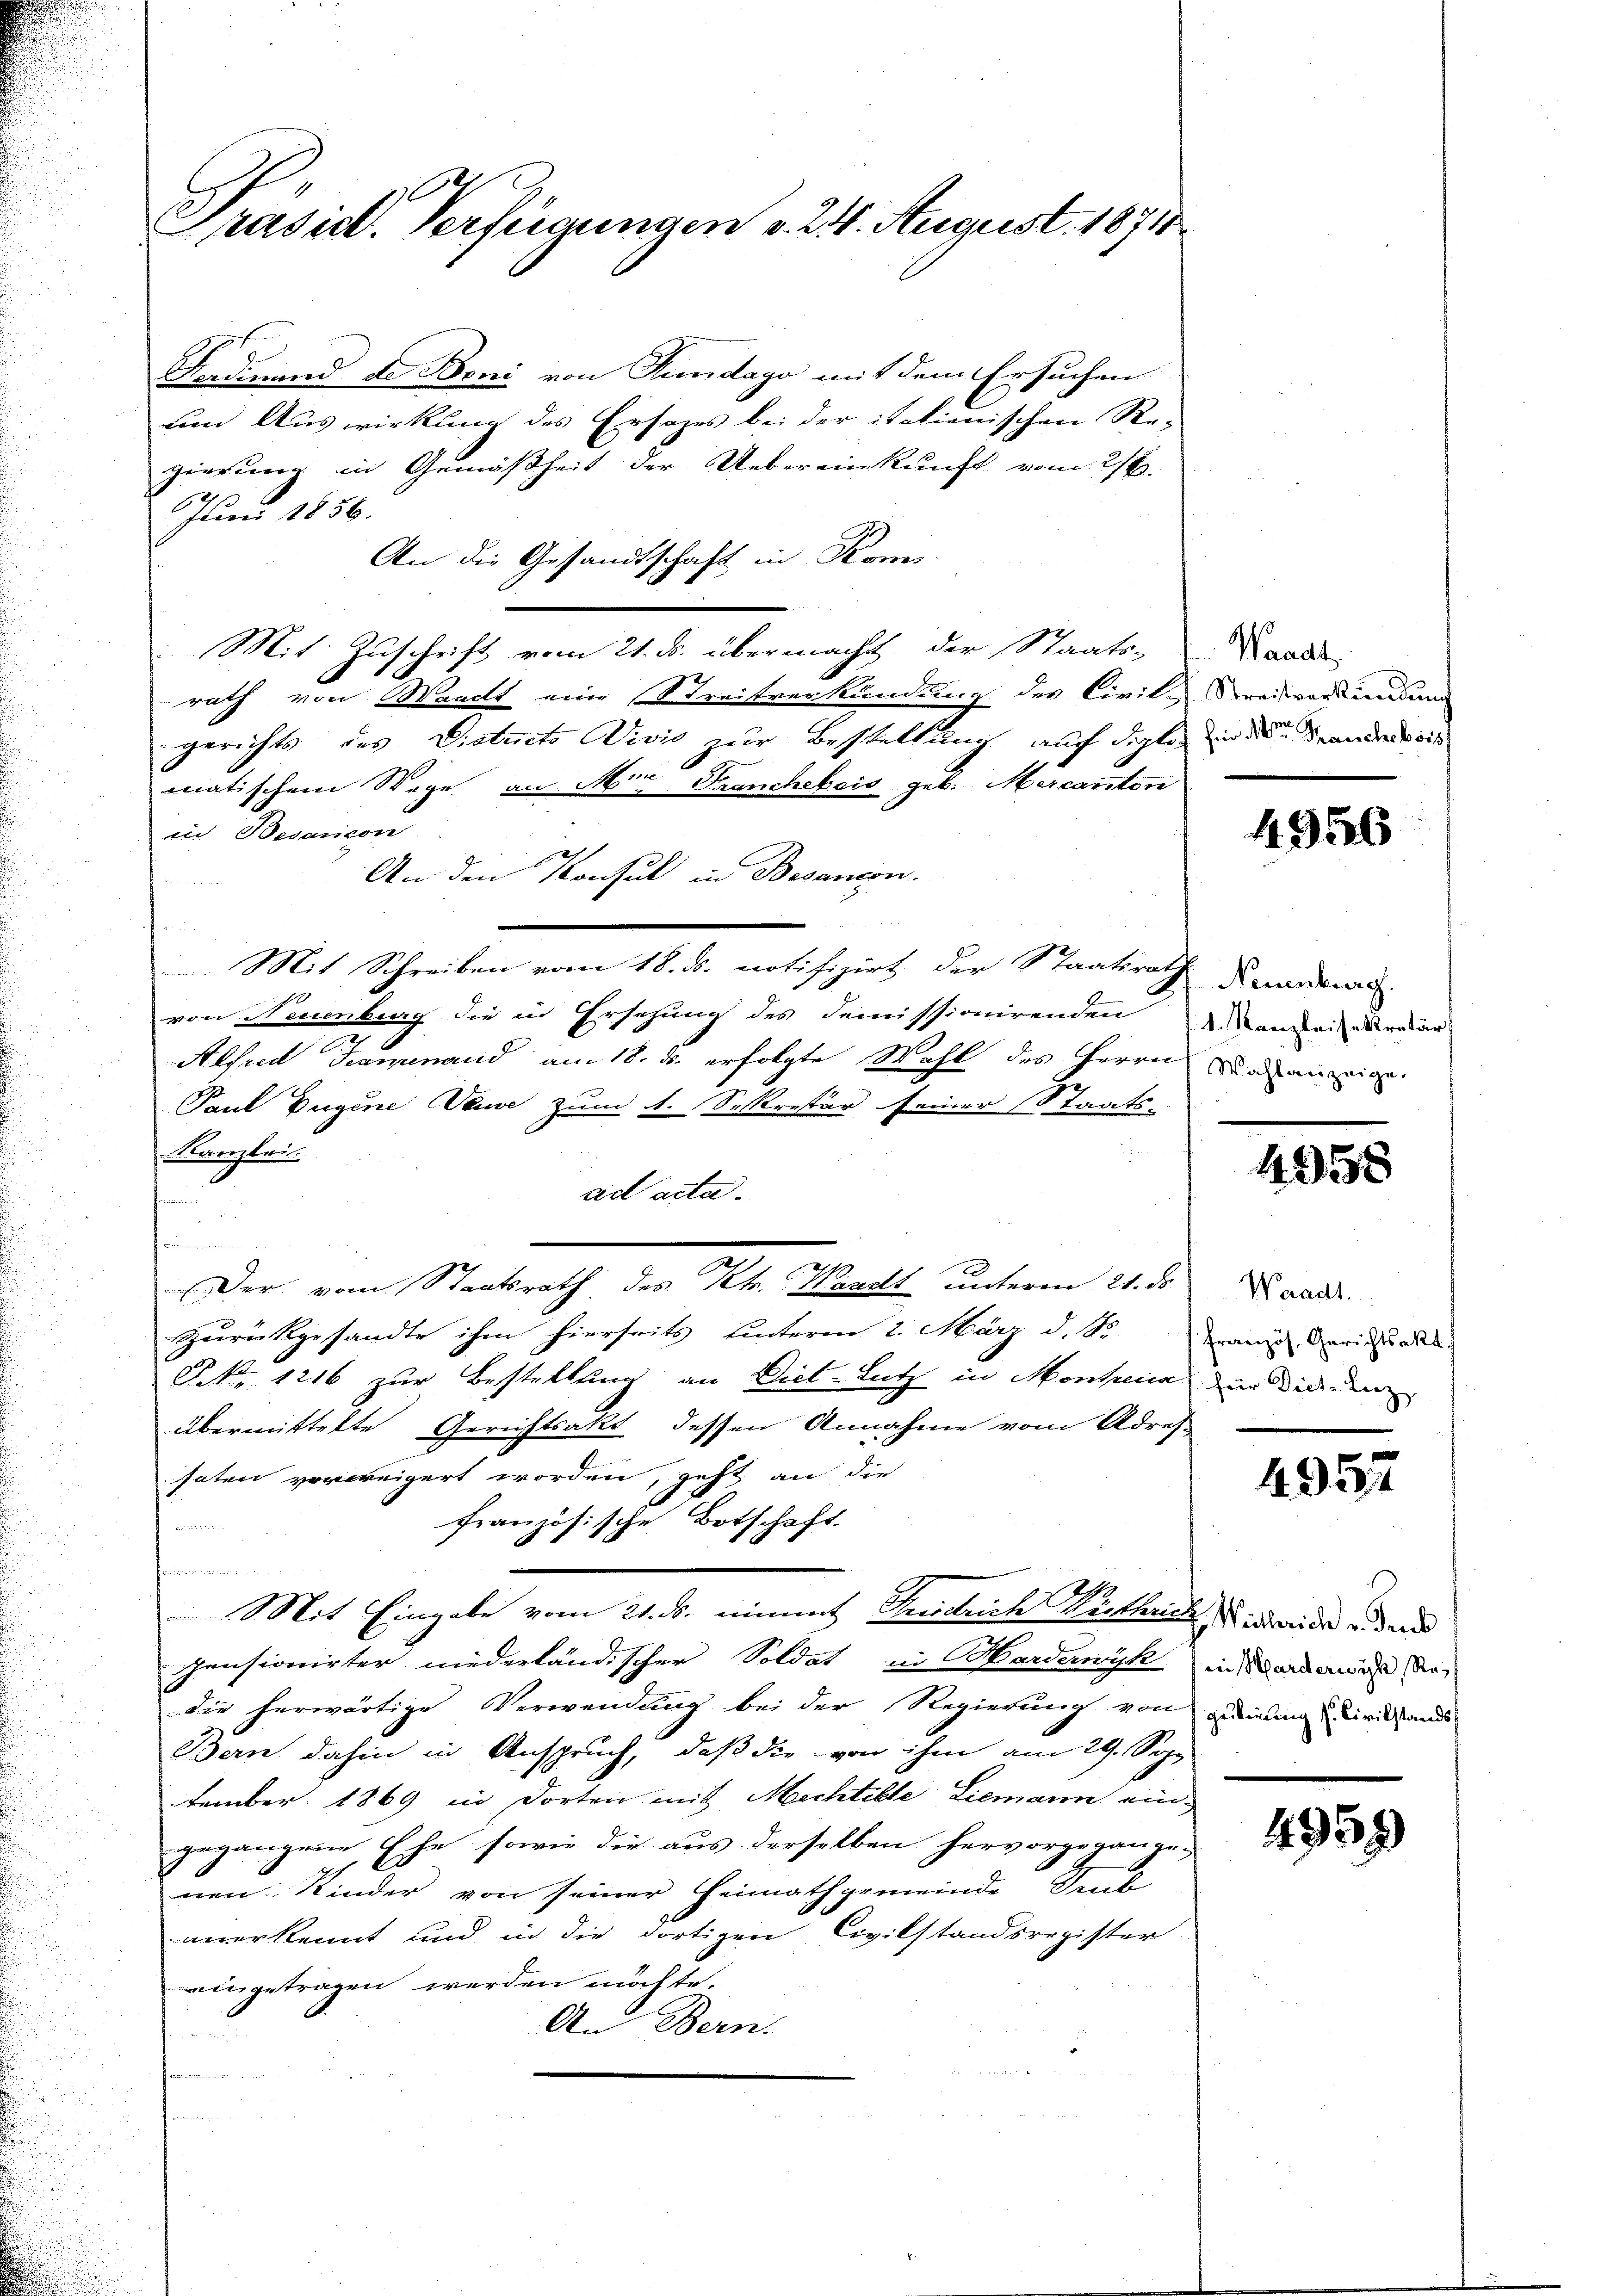
7
Präsid. Verfügungen v. 24. August 1874

Fradirend de Beni von Fundago mit dem Ersuchen
um Auswirkung des Ersatzes bei der italienischen Re-
gierung in Gemäßheit der Uebereinkunft vom 21.
Juni 1856.
An die Gestandtschaft in Kom
Mit Zuschrift vom 21. ds. übermacht, der Staats-Kande
rath von Waadt eine Streitverkündung des Civil-Streisversinnung
gerichts des Diatuito Divis zur Bestaltung auch diplo in der andende is
.
matischem Wege an Mir Franchebers geb. Mercanton
in Besancon
An den Konsul in Besandon.
 x x
Mit Schreiben vom 18. ds. notifizirt der Staatsrath Brandere
von Neuenburg die in Ersetzung des demissionirenden anweisekretär
2
Alfred Traminand am 18. ds. erfolgte Wahl des Herrn Dranging
Paul Eugene Sause zum 1. Sekretär seiner Staats-
Kanzlei.
ad acta.
u
Der vom Staatsrath des Kt. Waadt unterm 21. ds Landr.
Zurückgesandte ihm hierseits hinterm 2. März d. Sr. Manig Gerichtete.
NNo. 1216 zur Bestellung an Diet-Lutz in Monta der Dir den
übermittelte Gerichtsakt dessen Annahme vom Adres
haten vorweigert worden, geht an die
französische Botschaft.
hemen
Mit Eingabe vom 21. d. nimmt Freiheite Wirklich, in wider und und
pensionirter niederländischer Soldat in Mordenyk in Warderniß de
die herwärtige Verwendung bei der Regierung von geeigung & Civilstands-
Bern dahin in Anspruch, daß die von ihm am 29. Sep
tember 1869 in dorten mit Mechtille Liemann eingegangene Ehe sowie die aus derselben hervorgegange-
nen Kinder von seiner Heimathgemeinde Grub
anerkennt und in die dortigen Civilstandsregister
eingetragen werden möchte.
An Bern.
rasenministen in den

4956

4958

4357

4959)